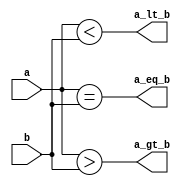
module comparator_4_bit (a_gt_b, a_lt_b, a_eq_b, a,b);

input [3 : 0] a,b;
output a_gt_b, a_lt_b, a_eq_b;

assign a_gt_b = (a > b);
assign a_lt_b = (a < b);
assign a_eq_b = (a == b);

endmodule